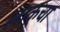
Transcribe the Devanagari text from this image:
लाकूचा